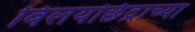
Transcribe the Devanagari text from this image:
विलयछिद्राच्या